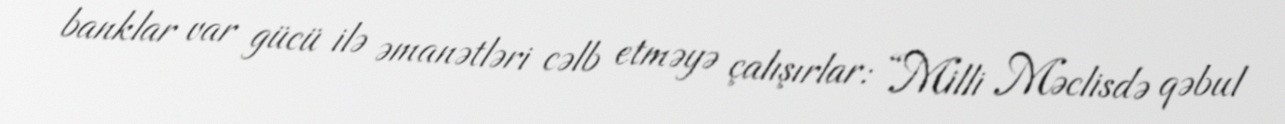
banklar var gücü ilə əmanətləri cəlb etməyə çalışırlar: “Milli Məclisdə qəbul